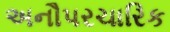
અનૌપરચારિક